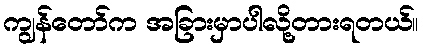
ကျွန်တော်က အခြားမှာပါလို့တားရတယ်။